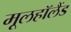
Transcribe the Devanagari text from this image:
मूलहॉलैंड